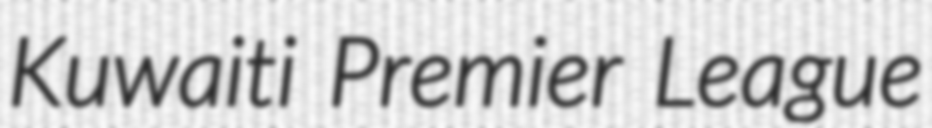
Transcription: Kuwaiti Premier League